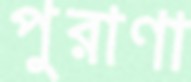
পুরাণা